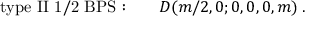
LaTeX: \mathrm { t y p e ~ I I ~ 1 / 2 ~ B P S : } \qquad { \cal D } ( m / 2 , 0 ; 0 , 0 , 0 , m ) \; .